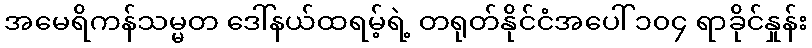
အမေရိကန်သမ္မတ ဒေါ်နယ်ထရမ့်ရဲ့ တရုတ်နိုင်ငံအပေါ် ၁၀၄ ရာခိုင်နှုန်း